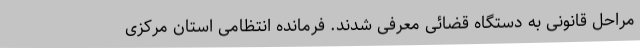
مراحل قانونی به دستگاه قضائی معرفی شدند. فرمانده انتظامی استان مرکزی